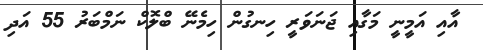
އާއި އަމީނީ މަގާއި ޖަނަވަރީ ހިނގުން ހިމެނޭ ބްލޮކް ނަމްބަރު 55 އަދި